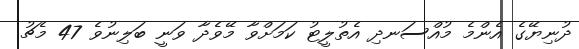
ދުނިޔޭގެ އެންމެ މުއްސަނދި އެތުލީޓު ކަމަށްވާ މޭވެދާ ވަނީ ބަލިނުވެ 47 މެޗު